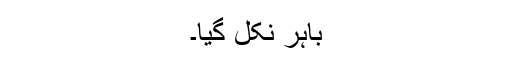
باہر نکل گیا۔